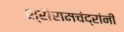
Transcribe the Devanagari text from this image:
श्रीरामचंद्रांनी